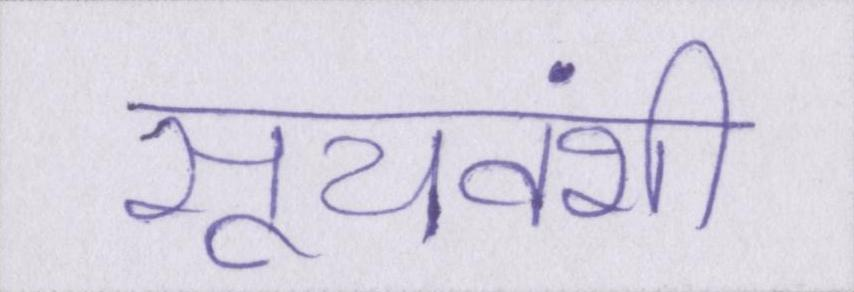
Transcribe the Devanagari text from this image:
सूर्यवंशी